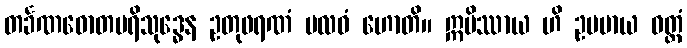
တင်္ခဏဓောတပရိသုဒ္ဓေန ဥတုဖရဏံ ဗလဝံ ဟောတိ။ ဣမိဿာယ ဟိ ဥပမာယ ဝတ္ထံ